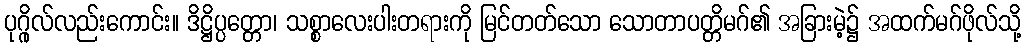
ပုဂ္ဂိုလ်လည်းကောင်း။ ဒိဋ္ဌိပ္ပတ္တော၊ သစ္စာလေးပါးတရားကို မြင်တတ်သော သောတာပတ္တိမဂ်၏ အခြားမဲ့၌ အထက်မဂ်ဖိုလ်သို့